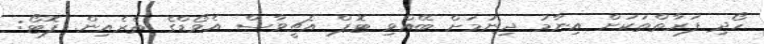
ހޯދި ފަރާތްތަކަށް އިިނާމު ދިނުމަށް ބޭއްވި ޓޮޕް އެޗީވާސް އެވޯޑްގެ ތެރެއިން. ފޮޓޯ: